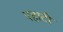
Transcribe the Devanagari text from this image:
पहाटी